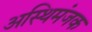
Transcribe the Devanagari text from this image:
अस्थिमंजक